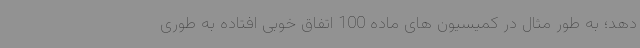
دهد؛ به طور مثال در کمیسیون های ماده 100 اتفاق خوبی افتاده به طوری